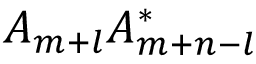
A _ { m + l } A _ { m + n - l } ^ { \ast }